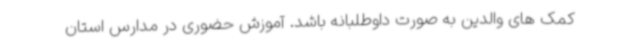
کمک های والدین به صورت داوطلبانه باشد. آموزش حضوری در مدارس استان